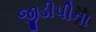
જીડીપીના